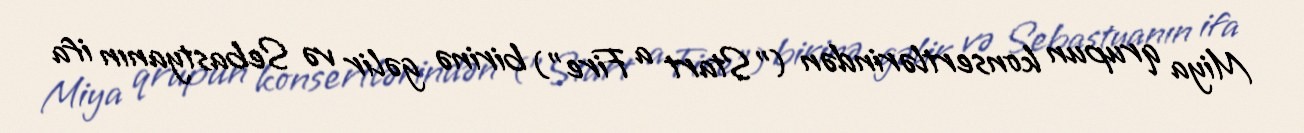
Miya qrupun konsertlərindən ("Start a Fire") birinə gəlir və Sebastyanın ifa